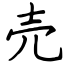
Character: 売